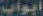
أبواب